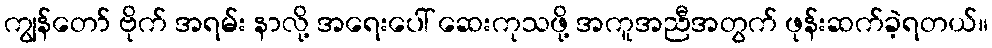
ကျွန်တော် ဗိုက် အရမ်း နာလို့ အရေးပေါ် ဆေးကုသဖို့ အကူအညီအတွက် ဖုန်းဆက်ခဲ့ရတယ်။